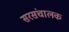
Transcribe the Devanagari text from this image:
सरसंचालक